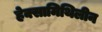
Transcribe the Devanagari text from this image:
हेक्सामिथिलीन